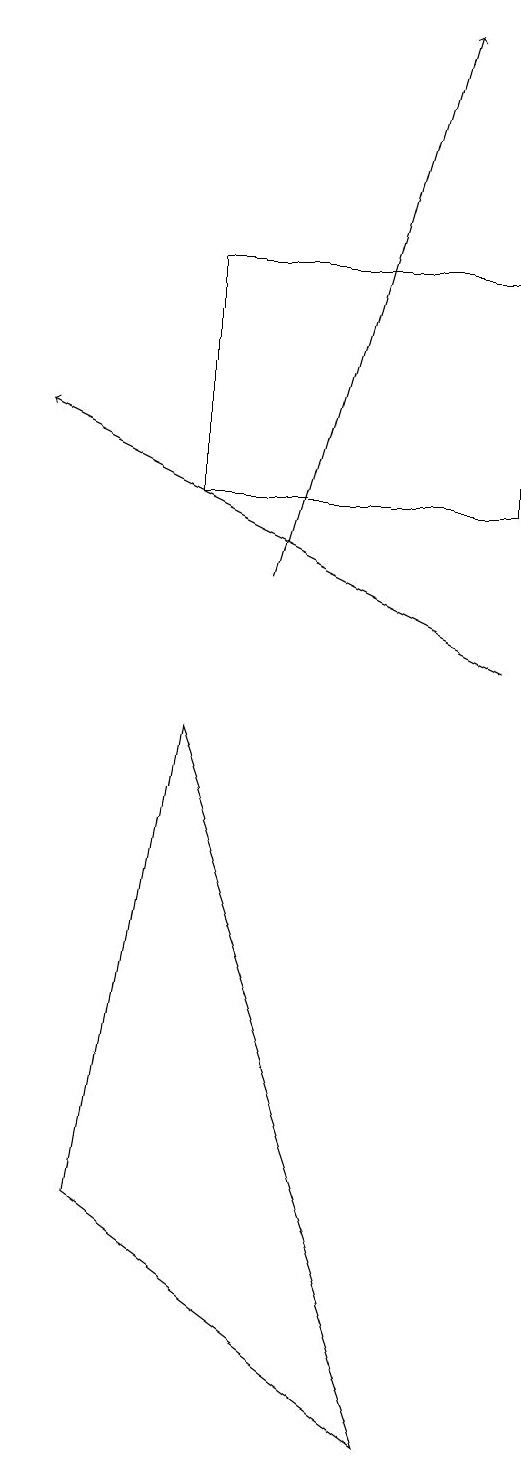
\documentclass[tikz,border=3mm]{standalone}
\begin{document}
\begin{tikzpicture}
\draw (5,15) rectangle (9,12);
\draw[->] (6,11) -- (8,18);
\draw[->] (9,10) -- (3,13);
\draw (5,9) -- (4,3) -- (8,0) -- cycle;
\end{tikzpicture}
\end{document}